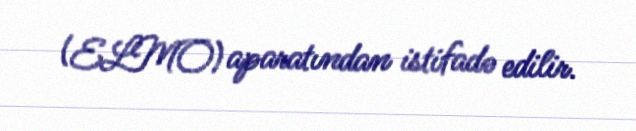
(ELMO) aparatından istifadə edilir.